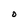
Character: O